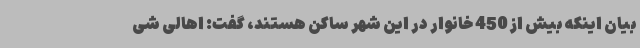
بیان اینکه بیش از 450 خانوار در این شهر ساکن هستند، گفت: اهالی شی